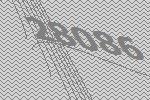
28086